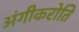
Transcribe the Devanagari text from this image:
अंगीकरोति